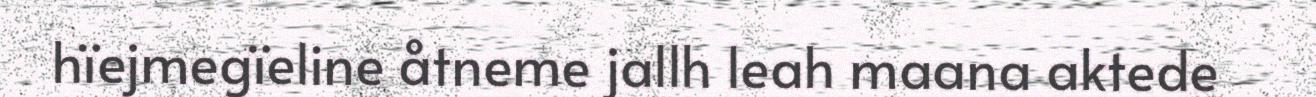
hïejmegïeline åtneme jallh leah maana aktede